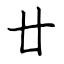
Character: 廿